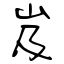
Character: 岌